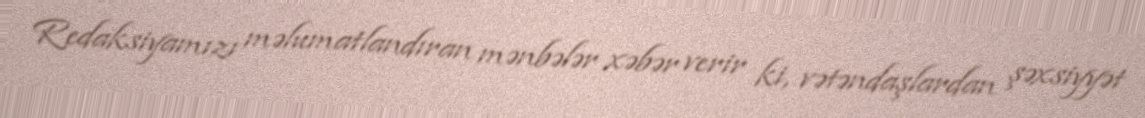
Redaksiyamızı məlumatlandıran mənbələr xəbər verir ki, vətəndaşlardan şəxsiyyət